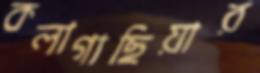
কলাগাছিয়ার